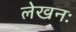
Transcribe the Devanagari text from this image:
लेखनः